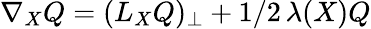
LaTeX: \nabla_{X}Q=(L_{X}Q)_{\perp}+1/2\, \lambda(X)Q